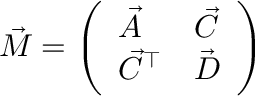
\vec { M } = \left( \begin{array} { l l } { \vec { A } } & { \vec { C } } \\ { \vec { C } ^ { \top } } & { \vec { D } } \end{array} \right)